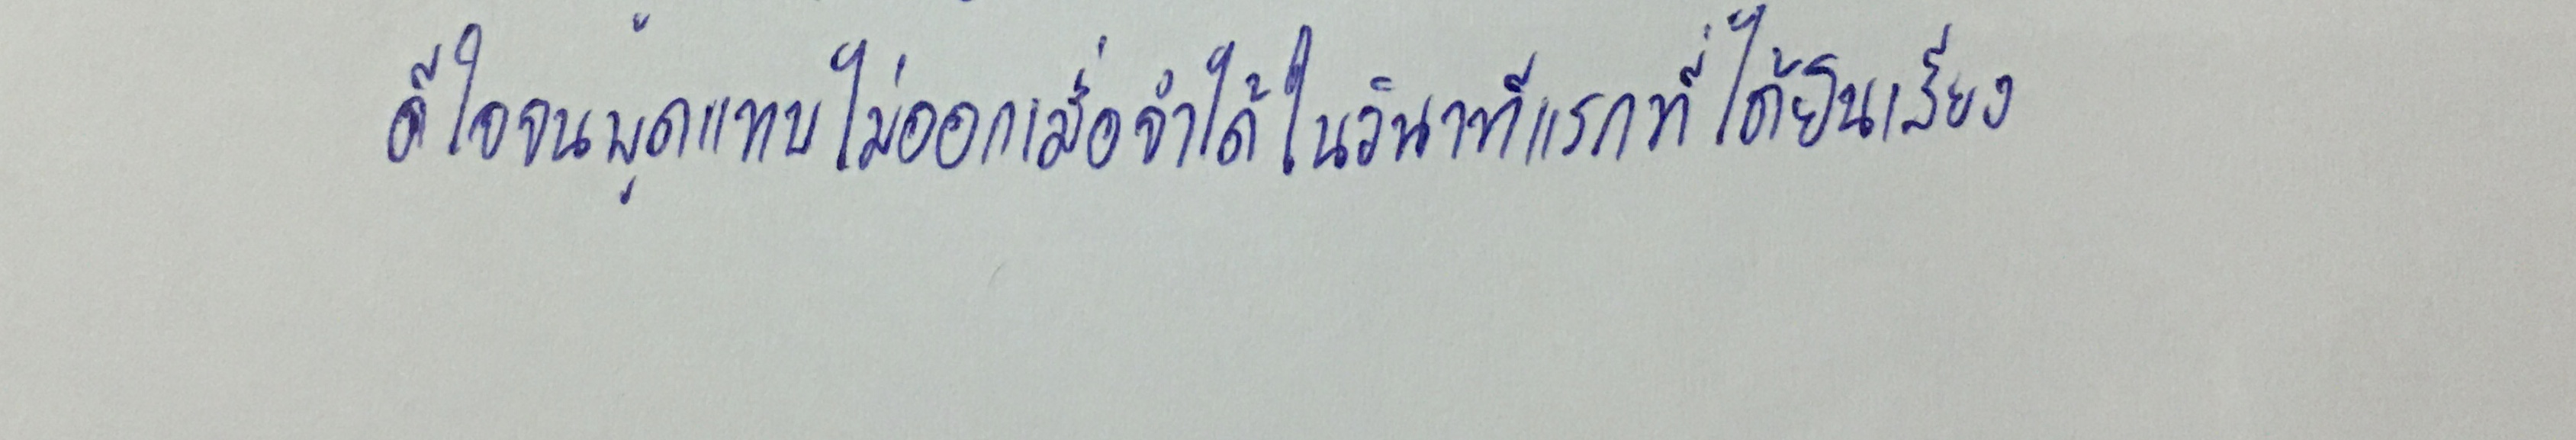
ดีใจจนพูดแทบไม่ออกเมื่อจำได้ในวินาทีแรกที่ได้ยินเสียง